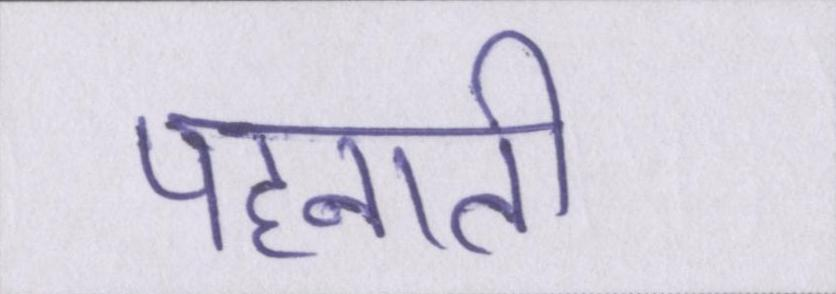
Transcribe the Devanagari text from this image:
पहनाती